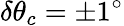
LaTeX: \delta\theta_{c}=\pm 1^{\circ}